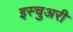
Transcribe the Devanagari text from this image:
इस्चुअरी